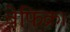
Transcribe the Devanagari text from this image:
बेफिक्र।